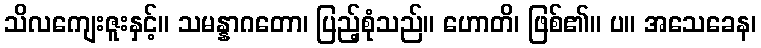
သိလကျေးဇူးနှင့်။ သမန္နာဂတော၊ ပြည့်စုံသည်။ ဟောတိ၊ ဖြစ်၏။ ပ။ အသေခေန၊